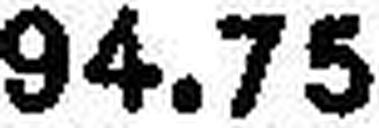
94.75